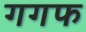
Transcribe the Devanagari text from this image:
गगफ